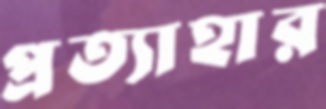
প্রত্যাহার